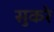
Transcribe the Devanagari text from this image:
सुकरे